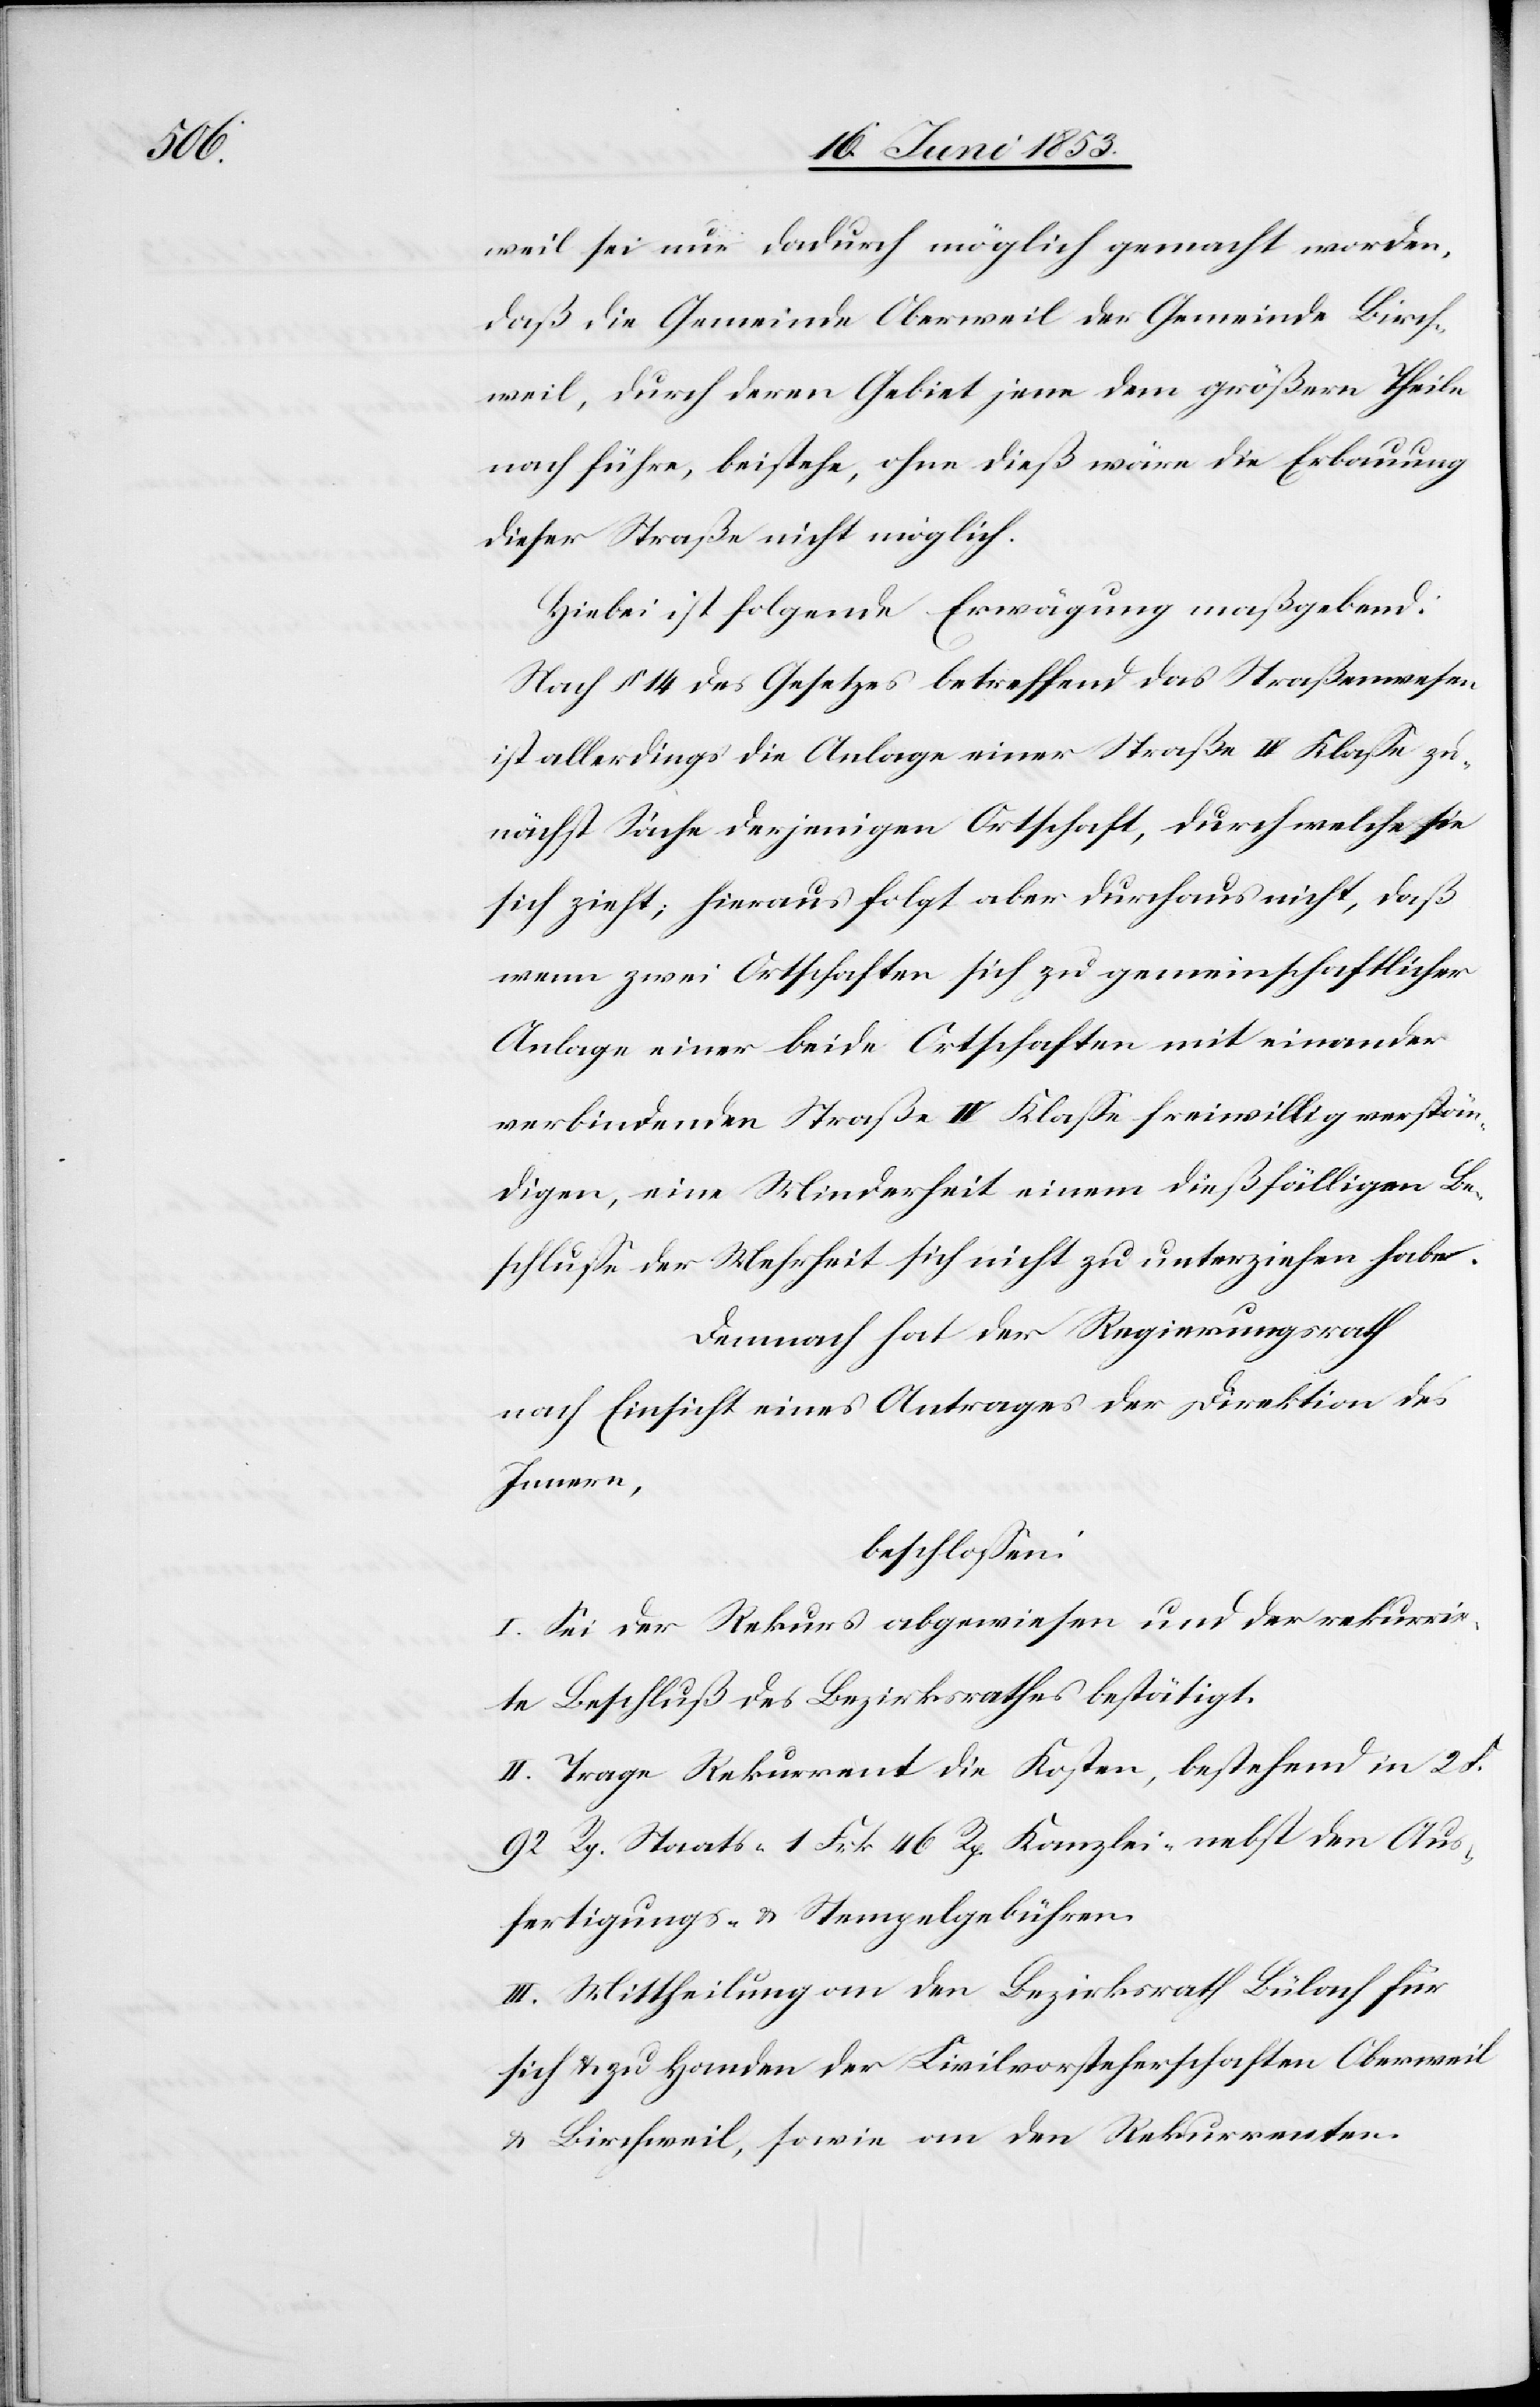
weil sei nur dadurch möglich gemacht worden,
daß, die Gemeinde Oberweil der Gemeinde Birch¬
weil, durch deren Gebiet jene dem größern Theile
nach führe, beistehe, ohne dieß wäre die Erbauung
dieser Straße nicht möglich.
Hiebei ist folgende Erwägung maßgebend:
Nach § 14 des Gesetzes betreffend das Straßenwesen
ist allerdings die Anlage einer Straße IV. Klaße zu¬
nächst Sache derjenigen Ortschaft, durch welche sie
sich zieht; hieraus folgt aber durchaus nicht, daß
wenn zwei Ortschaften sich zu gemeinschaftlicher
Anlage einer beide Ortschaften mit einander
verbindenden Straße IV. Klaße freiwillig verstän¬
digen, eine Minderheit einem dießfälligen Be¬
schluß der Mehrheit sich nicht zu unterziehen habe.
Demnach hat der Regierungsrath
nach Einsicht eines Antrages der Direktion des
Innern,
beschloßen:
I. Sei der Rekurs abgewiesen und der rekurrir¬
te Beschluß des Bezirksrathes bestätigt.
II. Trage Rekurrent die Kosten, bestehend in 2. F.
92 Rp. Staats- 1 Frk. 46 Rp. Kanzlei- nebst den Aus¬
fertigungs- u. Stempelgebühren.
III. Mittheilung an den Bezirksrath Bülach für
sich u. zu Handen der Civilvorsteherschaften Oberweil
u. Birchweil, sowie an den Rekurrenten.